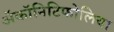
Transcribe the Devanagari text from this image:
ॲकॉनिटिफोलिया